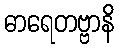
ဓာရေတဗ္ဗာနိ